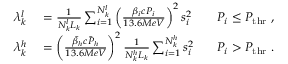
\begin{array} { r l r } { \lambda _ { k } ^ { l } } & { { } = \frac { 1 } { N _ { k } ^ { l } L _ { k } } \sum _ { i = 1 } ^ { N _ { k } ^ { l } } { \left( \frac { \beta _ { i } c P _ { i } } { 1 3 . 6 M e V } \right) ^ { 2 } s _ { i } ^ { 2 } } \; \; \; } & { P _ { i } \leq P _ { \mathrm { t h r } } \; , } \\ { \lambda _ { k } ^ { h } } & { { } = \left( \frac { \bar { \beta } _ { h } c \bar { P } _ { h } } { 1 3 . 6 M e V } \right) ^ { 2 } \frac { 1 } { N _ { k } ^ { h } L _ { k } } \sum _ { i = 1 } ^ { N _ { k } ^ { h } } { s _ { i } ^ { 2 } } \; \; \; } & { P _ { i } > P _ { \mathrm { t h r } } \; . } \end{array}